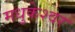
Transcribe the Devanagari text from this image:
मधुकेश्वर